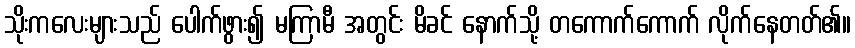
သိုးကလေးများသည် ပေါက်ဖွား၍ မကြာမီ အတွင်း မိခင် နောက်သို့ တကောက်ကောက် လိုက်နေတတ်၏။